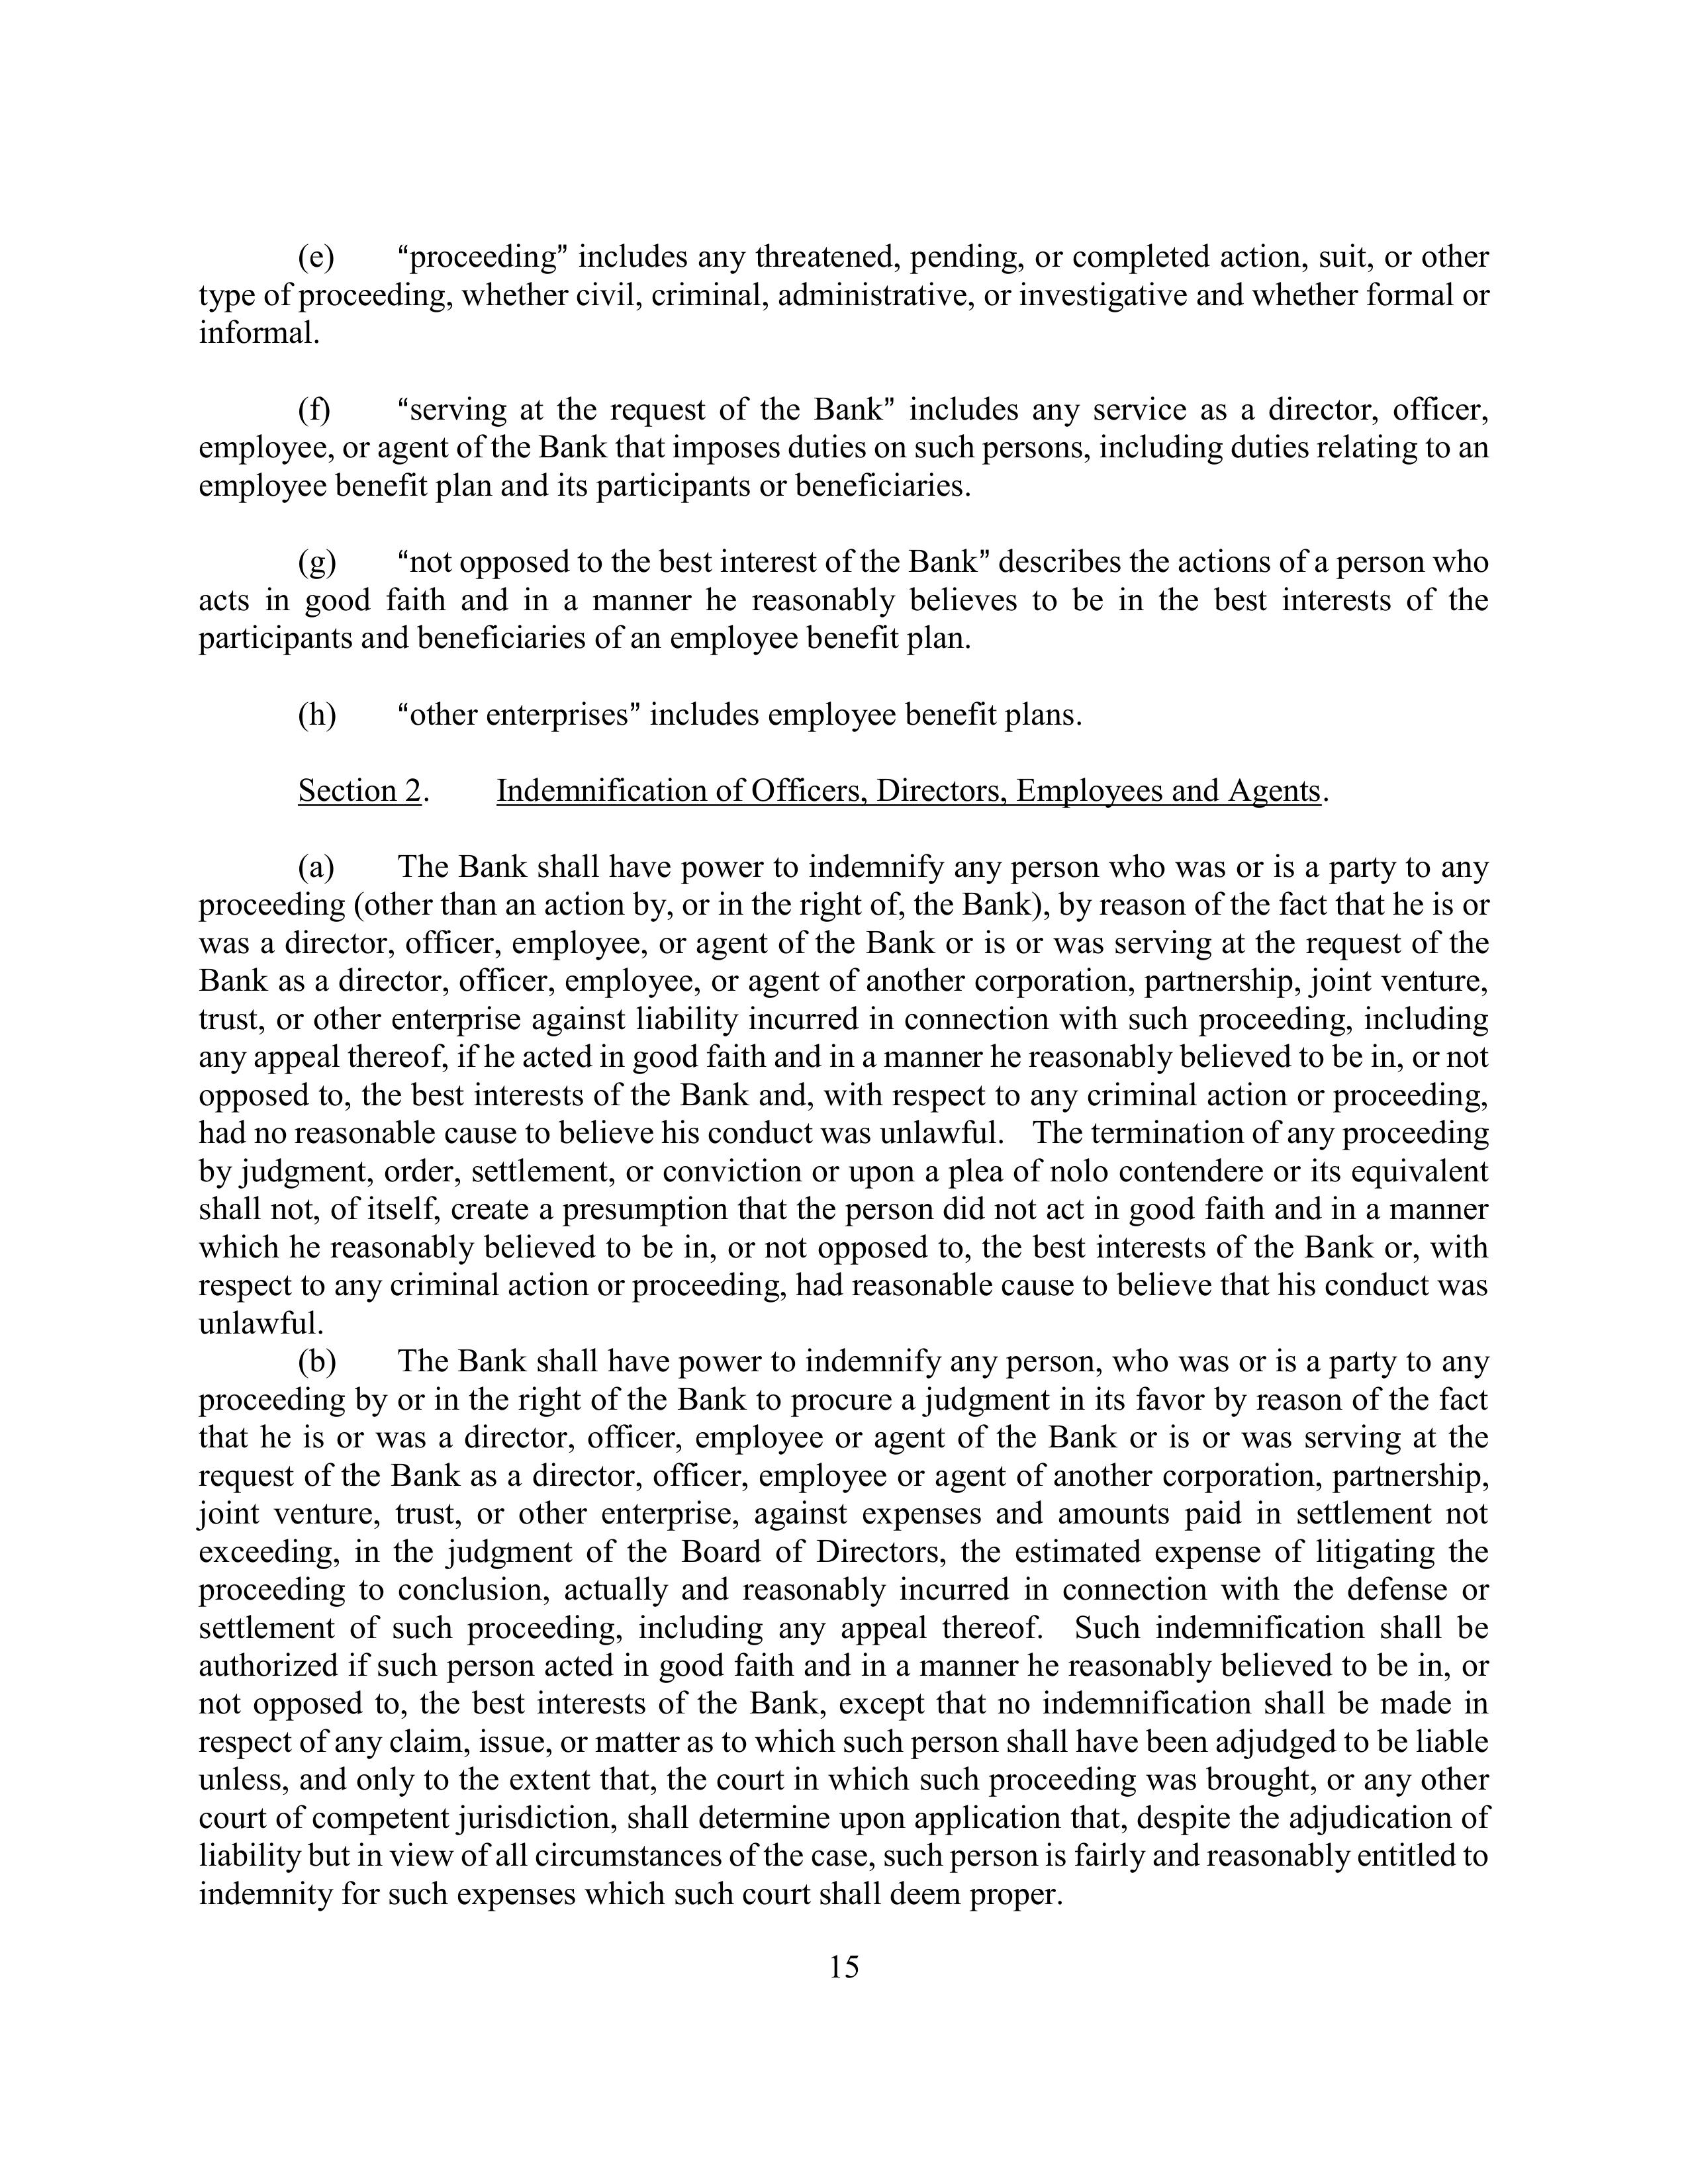
(e) "proceeding" includes any threatened, pending, or completed action, suit, or other type of proceeding, whether civil, criminal, administrative, or investigative and whether formal or informal.

(f) "serving at the request of the Bank" includes any service as a director, officer, employee, or agent of the Bank that imposes duties on such persons, including duties relating to an employee benefit plan and its participants or beneficiaries.

(g) "not opposed to the best interest of the Bank" describes the actions of a person who acts in good faith and in a manner he reasonably believes to be in the best interests of the participants and beneficiaries of an employee benefit plan.

(h) "other enterprises" includes employee benefit plans.

Section 2. Indemnification of Officers, Directors, Employees and Agents.

(a) The Bank shall have power to indemnify any person who was or is a party to any proceeding (other than an action by, or in the right of, the Bank), by reason of the fact that he is or was a director, officer, employee, or agent of the Bank or is or was serving at the request of the Bank as a director, officer, employee, or agent of another corporation, partnership, joint venture, trust, or other enterprise, against liability incurred in connection with such proceeding, including any appeal thereof, if he acted in good faith and in a manner he reasonably believed to be in, or not opposed to, the best interests of the Bank and, with respect to any criminal action or proceeding, had no reasonable cause to believe his conduct was unlawful. The termination of any proceeding by judgment, order, settlement, or conviction or upon a plea of nolo contendere or its equivalent shall not, of itself, create a presumption that the person did not act in good faith and in a manner which he reasonably believed to be in, or not opposed to, the best interests of the Bank or, with respect to any criminal action or proceeding, had reasonable cause to believe that his conduct was unlawful.

(b) The Bank shall have power to indemnify any person, who was or is a party to any proceeding by or in the right of the Bank to procure a judgment in its favor by reason of the fact that he is or was a director, officer, employee or agent of the Bank or is or was serving at the request of the Bank as a director, officer, employee or agent of another corporation, partnership, joint venture, trust, or other enterprise, against expenses and amounts paid in settlement not exceeding, in the judgment of the Board of Directors, the estimated expense of litigating the proceeding to conclusion, actually and reasonably incurred in connection with the defense or settlement of such proceeding, including any appeal thereof. Such indemnification shall be authorized if such person acted in good faith and in a manner he reasonably believed to be in, or not opposed to, the best interests of the Bank, except that no indemnification shall be made in respect of any claim, issue, or matter as to which such person shall have been adjudged to be liable unless, and only to the extent that, the court in which such proceeding was brought, or any other court of competent jurisdiction, shall determine upon application that, despite the adjudication of liability but in view of all circumstances of the case, such person is fairly and reasonably entitled to indemnity for such expenses which such court shall deem proper.

15